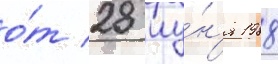
о́т 28 иу́н'я 1988